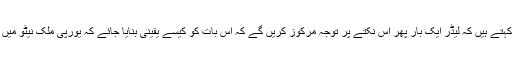
کونسل آن فارن ریلیشنز کے ماہر چارسل کپچن کہتے ہیں کہ لیڈر ایک بار پھر اس نکتے پر توجہ مرکوز کریں گے کہ اس بات کو کیسے یقینی بنایا جائے کہ یورپی ملک نیٹو میں اپنے اپنے حصے کا فوجی بوجھ برداشت کریں۔